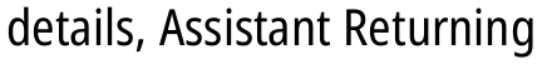
details, Assistant Returning